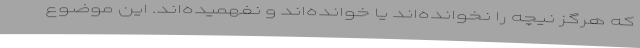
که هرگز نیچه را نخوانده‌اند یا خوانده‌اند و نفهمیده‌اند. این موضوع